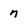
Character: 7